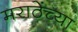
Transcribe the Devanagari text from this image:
मराठेंच्या